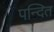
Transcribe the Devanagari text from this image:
पन्दित